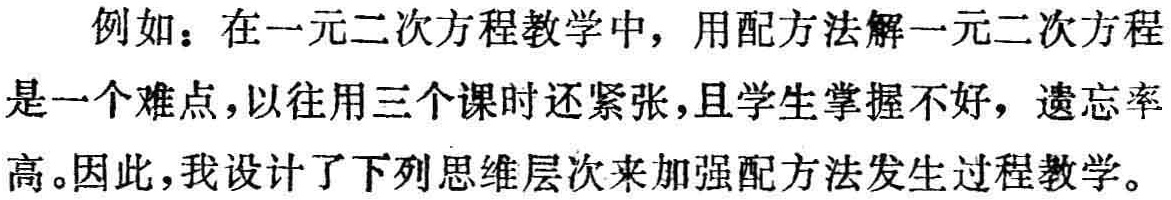
例如：在一元二次方程教学中，用配方法解一元二次方程是一个难点，以往用三个课时还紧张，且学生掌握不好，遗忘率高。因此，我设计了下列思维层次来加强配方法发生过程教学。